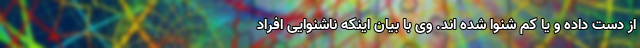
از دست داده و یا کم شنوا شده اند. وی با بیان اینکه ناشنوایی افراد